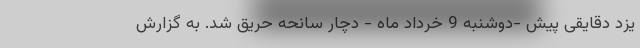
یزد دقایقی پیش -دوشنبه 9 خرداد ماه - دچار سانحه حریق شد. به گزارش